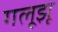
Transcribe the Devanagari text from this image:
गलूझू